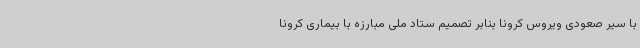
با سیر صعودی ویروس کرونا بنابر تصمیم ستاد ملی مبارزه با بیماری کرونا